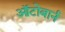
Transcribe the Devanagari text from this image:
ऑटोबार्न